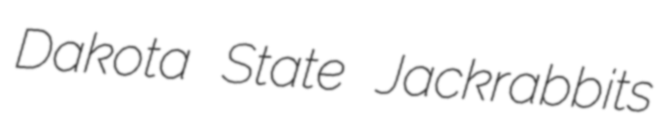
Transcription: Dakota State Jackrabbits